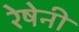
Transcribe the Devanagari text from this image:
रेषेनी